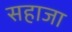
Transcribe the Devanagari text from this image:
सहाजा